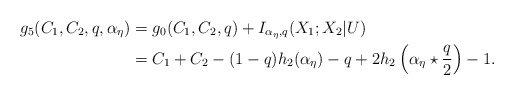
\begin{align*}g_5(C_1,C_2,q,\alpha_\eta)&=g_0(C_1,C_2,q)+I_{\alpha_\eta,q}(X_1;X_2|U)\\&=C_1+C_2-(1-q) h_2(\alpha_\eta)-q+2h_2\left(\alpha_\eta\star\frac{q}{2}\right)-1.\end{align*}